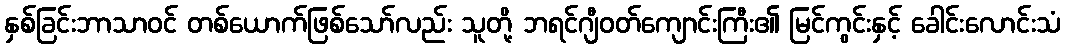
နှစ်ခြင်းဘာသာဝင် တစ်ယောက်ဖြစ်သော်လည်း သူတို့ ဘရင်ဂျီဝတ်ကျောင်းကြီး၏ မြင်ကွင်းနှင့် ခေါင်းလောင်းသံ